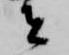
者